Leningradi_Edasi_toimetus, lk 78
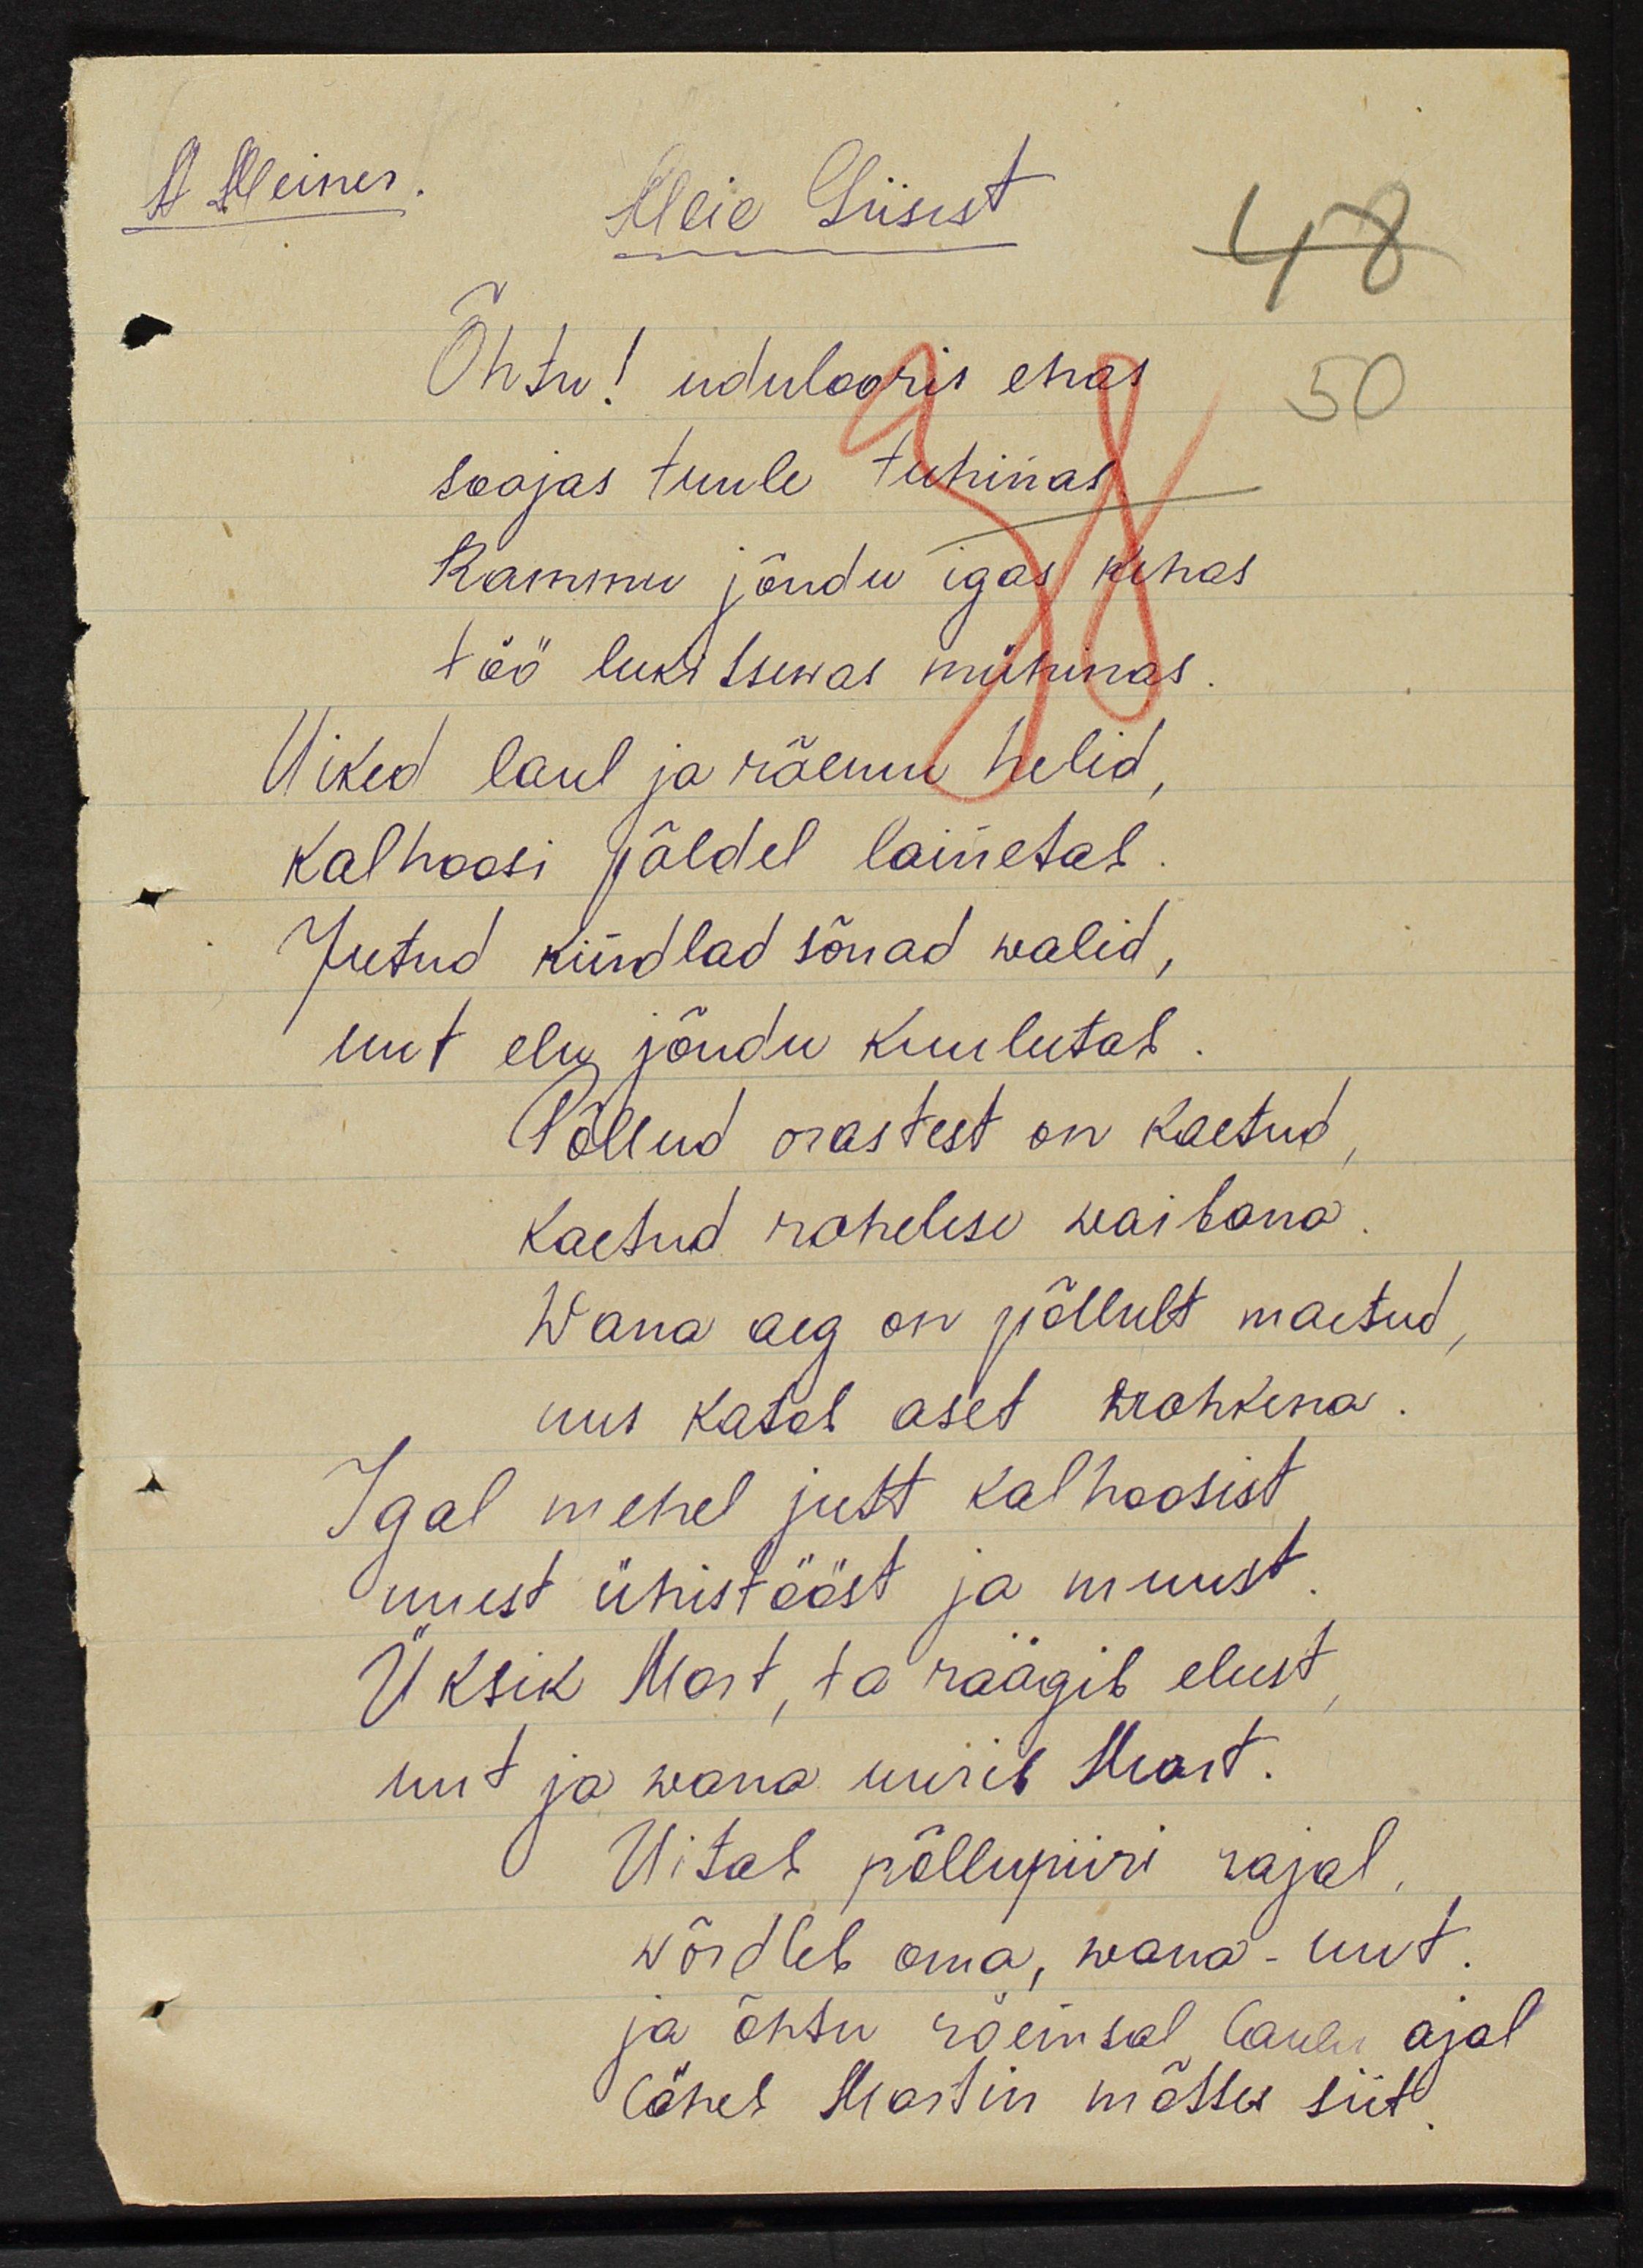
A. Meiner.
Meie Liisust
Õhtu! udulooris ehas
soojas tuule tuhinas
Rammu jõudu igas kehas
töö lukitsewas mühinas.
Uiked laulu ja rõemu helid,
Kolhoosi põldel lainetas
Jutud kindlad sõnad walid
uut elu jõudu kuulutab.
Põllud orastest on kaetud
Kaetud roheluse waibana
Wana aeg on põllult maetud
uus katel aset rohkena.
Igal mehel jutt kolhoosist
uuest ühistööst ja muust
Üksik Mart, ta räägib elust
uut ja wana uurib Mart.
Uitab põllupiiri rajal
wõrdleb oma wana-uut
ja õhtu rõemsal laulu ajal
läheb Martin mõttes siit